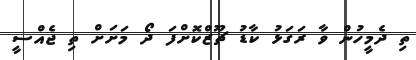
ތި ދެމީހުން ވާ ރަގަޅު ކާޑު ޗޫޒްކޮށްފަ ދޯ މަށަށް ތި ޖެއްސީ